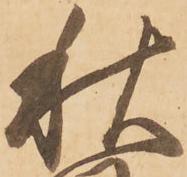
秋